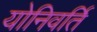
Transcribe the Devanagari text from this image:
योनिवर्ति